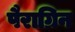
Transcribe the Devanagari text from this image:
पैराग्रिन